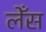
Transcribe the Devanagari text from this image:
लेँस